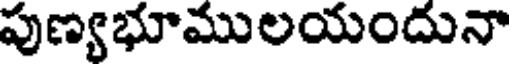
పుణ్యభూములయందునా